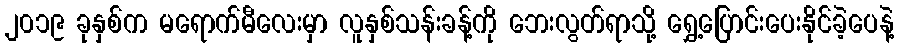
၂၀၁၉ ခုနှစ်က မရောက်မီလေးမှာ လူနှစ်သန်းခန့်ကို ဘေးလွတ်ရာသို့ ရွှေ့ပြောင်းပေးနိုင်ခဲ့ပေနဲ့